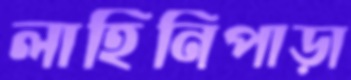
লাহিনিপাড়া